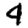
Digit: 4